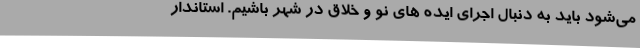
می‌شود باید به دنبال اجرای ایده های نو و خلاق در شهر باشیم. استاندار